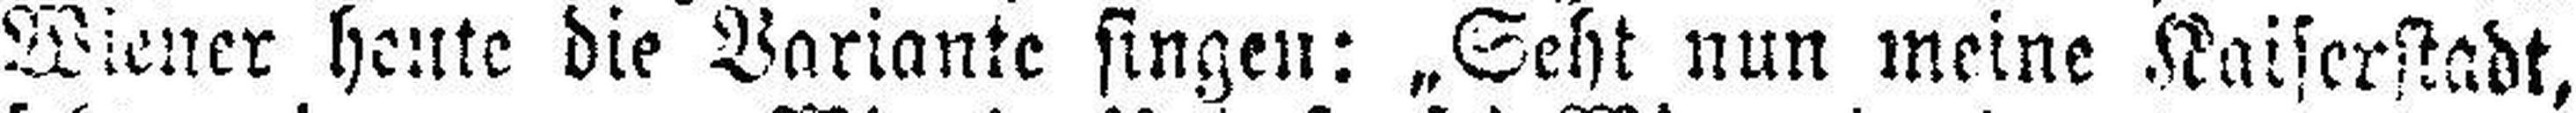
Wiener heute die Variante singen: „Seht nun meine Kaiserstadt,